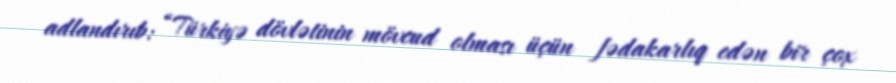
adlandırıb: “Türkiyə dövlətinin mövcud olması üçün fədakarlıq edən bir çox